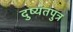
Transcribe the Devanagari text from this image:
दुष्यंतपुत्र